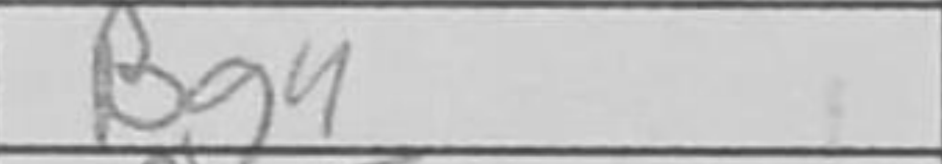
Transcription: Bg4